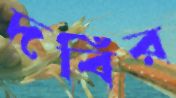
দবির